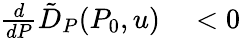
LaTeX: \begin{array}{rl}{\frac{d}{dP}\tilde{D}_{P}(P_{0},u)}&{{}<0}\end{array}